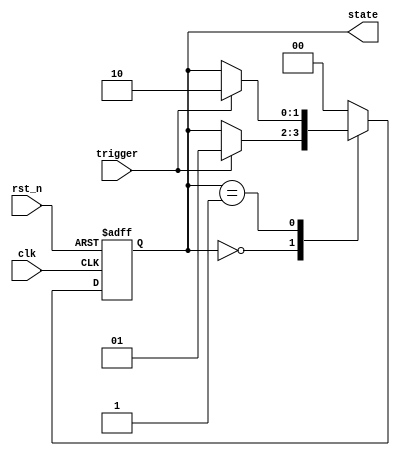
module event_control_example (
    input wire clk,            // Clock input
    input wire rst_n,         // Active low reset
    input wire trigger,       // Event trigger signal
    output reg [1:0] state    // State output
);

// State encoding
localparam IDLE    = 2'b00,
           STATE1  = 2'b01,
           STATE2  = 2'b10;

// Initial state
initial begin
    state = IDLE;
end

// Always block triggered by clock and reset
always @(posedge clk or negedge rst_n) begin
    if (!rst_n) begin
        // Reset state
        state <= IDLE;
    end else begin
        // State management based on trigger
        case (state)
            IDLE: begin
                if (trigger) begin
                    state <= STATE1; // Transition to STATE1 on trigger
                end
            end
            
            STATE1: begin
                // Perform actions for STATE1
                // Transition to STATE2 after certain condition
                // For example, we can use a simple counter or condition
                if (trigger) begin
                    state <= STATE2; // Transition to STATE2 on trigger
                end
            end
            
            STATE2: begin
                // Perform actions for STATE2
                // Return to IDLE state
                state <= IDLE; // Transition back to IDLE
            end
            
            default: state <= IDLE; // Default case
        endcase
    end
end

endmodule